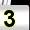
Digit: 3